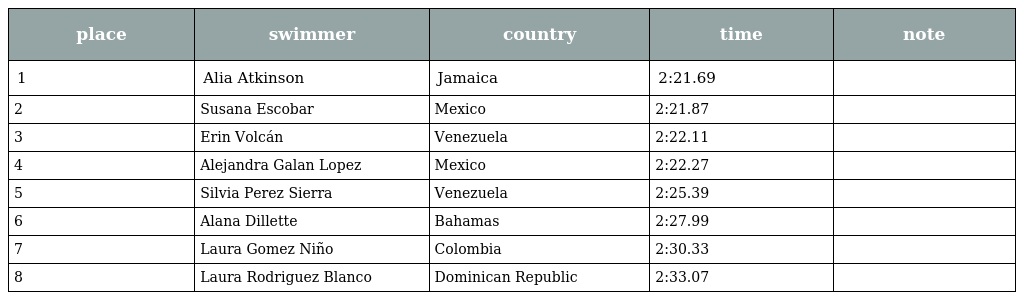
| place | swimmer | country | time | note |
 | --- | --- | --- | --- | --- |
 | 1 | Alia Atkinson | Jamaica | 2:21.69 |  |
 | 2 | Susana Escobar | Mexico | 2:21.87 |  |
 | 3 | Erin Volcán | Venezuela | 2:22.11 |  |
 | 4 | Alejandra Galan Lopez | Mexico | 2:22.27 |  |
 | 5 | Silvia Perez Sierra | Venezuela | 2:25.39 |  |
 | 6 | Alana Dillette | Bahamas | 2:27.99 |  |
 | 7 | Laura Gomez Niño | Colombia | 2:30.33 |  |
 | 8 | Laura Rodriguez Blanco | Dominican Republic | 2:33.07 |  |